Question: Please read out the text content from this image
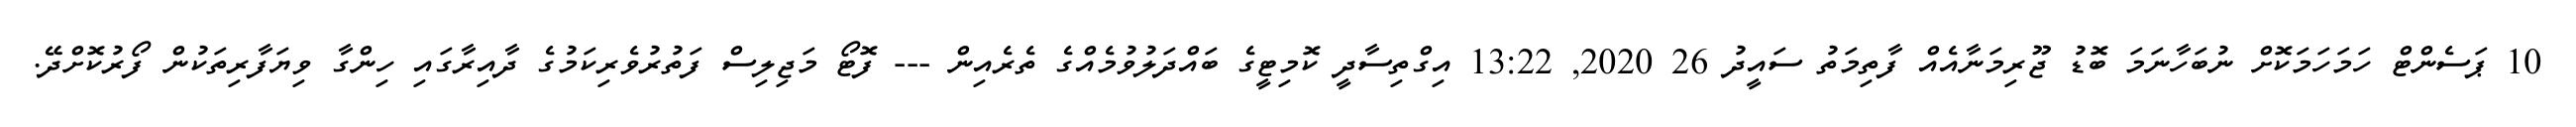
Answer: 10 ޕަސެންޓް ހަމަހަމަކޮށް ނުބަހާނަމަ ބޮޑު ޖޫރިމަނާއެއް ފާތިމަތު ސައީދު 26 2020, 13:22 އިގްތިސާދީ ކޮމިޓީގެ ބައްދަލުވުމެއްގެ ތެރެއިން --- ފޮޓޯ މަޖިލިސް ފަތުރުވެރިކަމުގެ ދާއިރާގައި ހިންގާ ވިޔަފާރިތަކުން ފޯރުކޮށްދޭ.